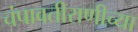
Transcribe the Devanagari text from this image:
चंपावतीराणीच्या